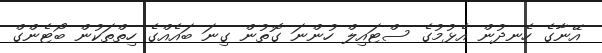
އޭނާގެ ހެނދުން އެޅުމުގެ ސްޓައިލް ހުންނަ ގޮތުން ގިނަ ބައެއްގެ ހިތްތަކުން ބޯޓެންގް